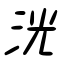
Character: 洸